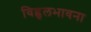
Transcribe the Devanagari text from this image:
विह्वलभावना